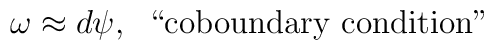
\omega\approx d \psi, \;\; \hbox{``coboundary condition"}